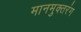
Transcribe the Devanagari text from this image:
मानमुक्तरंग